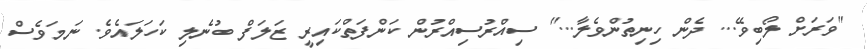
"ވަރަށް ލޯބިވޭ... ދެން ހިނިތުންވެލާ..." ސިއްރުސިއްރުން ކަންފަތްކައިރީ ޒަލަފް ބުނެލި ކަހަލައެވެ. ނަމަވެސް